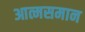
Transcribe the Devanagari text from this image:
आत्मसमान